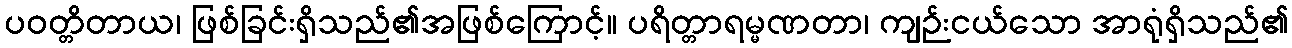
ပဝတ္တိတာယ၊ ဖြစ်ခြင်းရှိသည်၏အဖြစ်ကြောင့်။ ပရိတ္တာရမ္မဏတာ၊ ကျဉ်းငယ်သော အာရုံရှိသည်၏